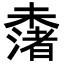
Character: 𣜾